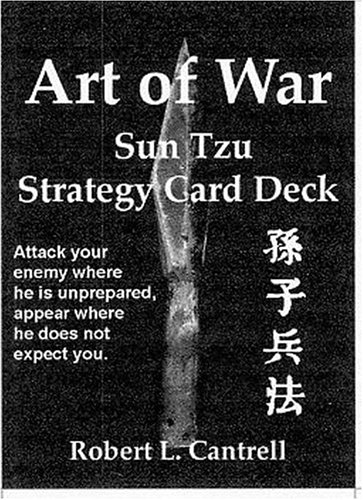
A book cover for Art of War: Sun Tzu Strategy Card Deck: 54 Winning Strategies; Robert Cantrell; Test Preparation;